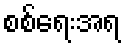
စစ်ရေးအရ